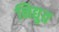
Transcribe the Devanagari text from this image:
निद्युत